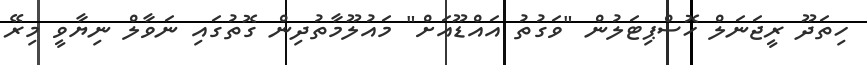
ހިތަދޫ ރީޖަނަލް ހޮސްޕިޓަލުން "ވަގުތު އައްޑޫއަށް" މައުލޫމާތުދިން ގޮތުގައި ނަވާލް ނިޔާވީ މިރޭ